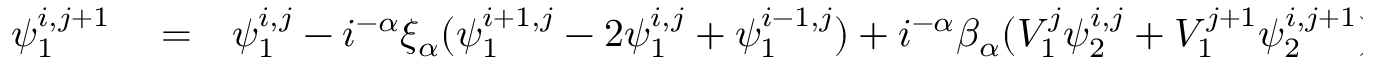
\begin{array} { r l r } { \psi _ { 1 } ^ { i , j + 1 } } & { { } = } & { \psi _ { 1 } ^ { i , j } - i ^ { - \alpha } \xi _ { \alpha } ( \psi _ { 1 } ^ { i + 1 , j } - 2 \psi _ { 1 } ^ { i , j } + \psi _ { 1 } ^ { i - 1 , j } ) + i ^ { - \alpha } \beta _ { \alpha } ( V _ { 1 } ^ { j } \psi _ { 2 } ^ { i , j } + V _ { 1 } ^ { j + 1 } \psi _ { 2 } ^ { i , j + 1 } ) } \end{array}